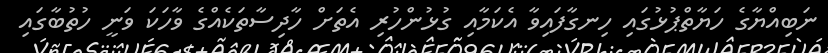
ނަބިއްޔާގެ ހަޔާތްޕުޅުގައި ހިނގާފައިވާ އެކަމާއި ގުޅުންހުރި އެތަށް ހާދިސާތަކެއްގެ ވާހަކަ ވަނީ ހުތުބާގައި